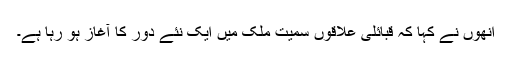
اُنھوں نے کہا کہ قبائلی علاقوں سمیت ملک میں ایک نئے دور کا آغاز ہو رہا ہے۔